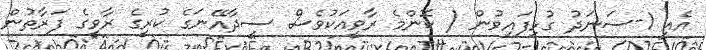
އެއީ 1-ސަނަދު ގުޅިފައިވުން ( ކޮންމެ ރާވީއަކުވެސް ސީދާއޭނަގެ ކުރީގެ ރާވީގެ ފަރާތުން